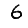
Digit: 6